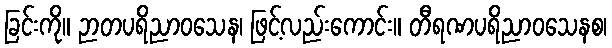
ခြင်းကို။ ဉာတပရိညာဝသေန၊ ဖြင့်လည်းကောင်း။ တီရဏပရိညာဝသေနစ၊